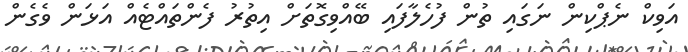
އަވިކް ނެޕްކިން ނަގައި ތުން ފުހެލާފައި ބޭއްވިގޮތަށް އިތުރު ފެންތައްޓެއް އަޅަން ވެގެން